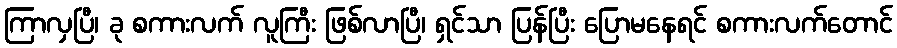
ကြာလှပြီ၊ ခု စကားလက် လူကြီး ဖြစ်လာပြီ၊ ရှင်သာ ပြန်ပြီး ပြောမနေရင် စကားလက်တောင်